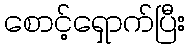
စောင့်ရှောက်ပြီး